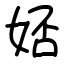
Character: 娝